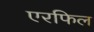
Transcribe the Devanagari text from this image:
एरफिल